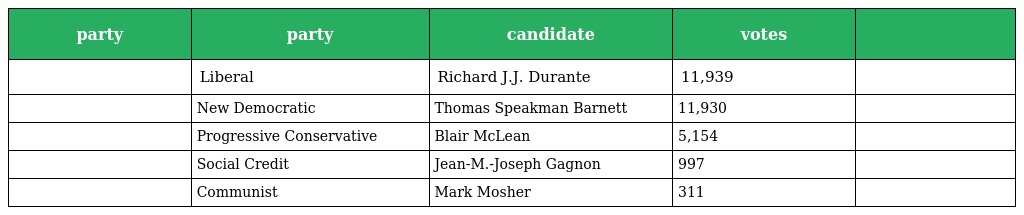
| party | party | candidate | votes |  |
 | --- | --- | --- | --- | --- |
 |  | Liberal | Richard J.J. Durante | 11,939 |  |
 |  | New Democratic | Thomas Speakman Barnett | 11,930 |  |
 |  | Progressive Conservative | Blair McLean | 5,154 |  |
 |  | Social Credit | Jean-M.-Joseph Gagnon | 997 |  |
 |  | Communist | Mark Mosher | 311 |  |